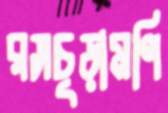
রসচূড়ামণি